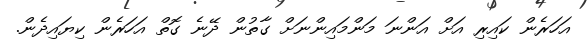
އަހަރެން ކައިރި އަށް އަންނަ މަންމައިންނަށް ގާތުން ދޭނެ ގޮތް އަހަރެން ކިޔައިދެން.